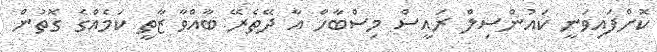
ކޮށްފައިވަނީ ކައުންސިލް ރައީސް މިސްބާހް އާ ދޭތެރޭ ބާއްވާ ޒާތީ ކަމެއްގެ ގޮތުން